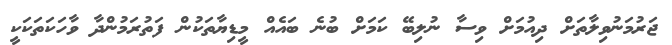
ޖަރުމަނުވިލާތަށް ދިއުމަށް ވިސާ ނުލިބޭ ކަމަށް ބުނެ ބައެއް މީޑިޔާތަކުން ފަތުރަމުންދާ ވާހަކަތަކަކީ